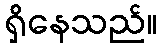
ရှိနေသည်။